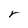
Character: r